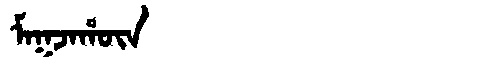
Manchu: ᠮᠠᡴᠵᠠᡥᡡᠨ
Romanization: MAKJAHŪN